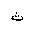
Letter: _tha